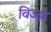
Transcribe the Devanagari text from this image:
विज्झ